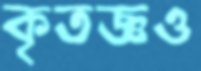
কৃতজ্ঞও